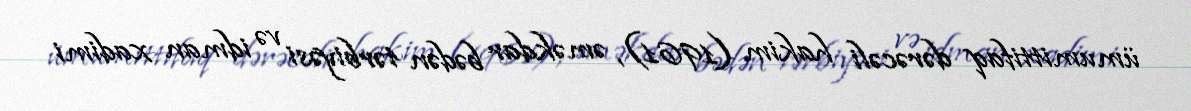
ümumittifaq dərəcəli hakim (1961), əməkdar bədən tərbiyəsi və idman xadimi